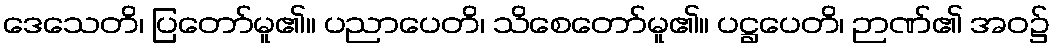
ဒေသေတိ၊ ပြတော်မူ၏။ ပညာပေတိ၊ သိစေတော်မူ၏။ ပဋ္ဌပေတိ၊ ဉာဏ်၏ အဝ၌